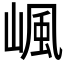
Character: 𡺤